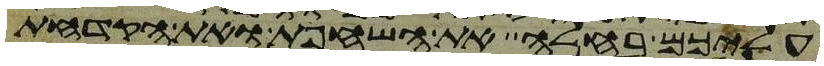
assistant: עליכם בחלה את השחפת ואת הקדחת